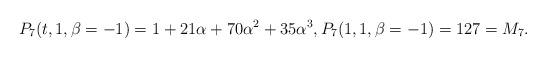
LaTeX: \begin{gather*}P_7(t,1,\beta=-1) = 1+21 \alpha+ 70 \alpha^2 + 35 \alpha^3, P_7(1,1,\beta=-1)=127=M_7.\end{gather*}